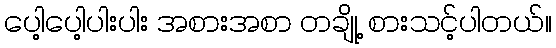
ပေါ့ပေါ့ပါးပါး အစားအစာ တချို့ စားသင့်ပါတယ်။